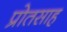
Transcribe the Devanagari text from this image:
प्रोतसाह